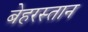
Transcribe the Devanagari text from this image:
बेहरस्तान